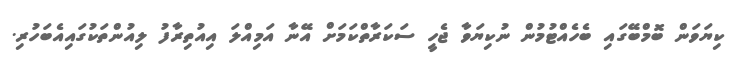
ކިޔަވަން ބޮމްބޭގައި ބެހެއްޓުމުން ނުކިޔަވާ ޖެހީ ސަކަރާތްކަމަށް އޭނާ އަމިއްލަ އިއުތިރާފު ލިއުންތަކުގައިއެބަހުރި.